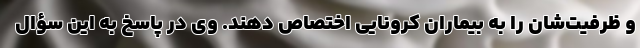
و ظرفیت‌شان را به بیماران کرونایی اختصاص دهند. وی در پاسخ به این سؤال